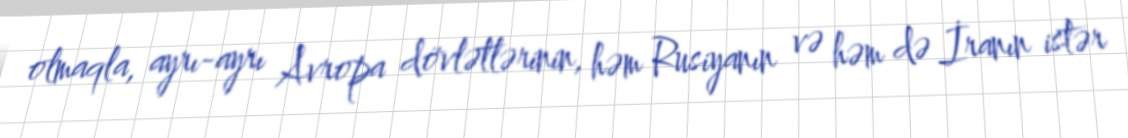
olmaqla, ayrı-ayrı Avropa dövlətlərinin, həm Rusiyanın və həm də İranın istər